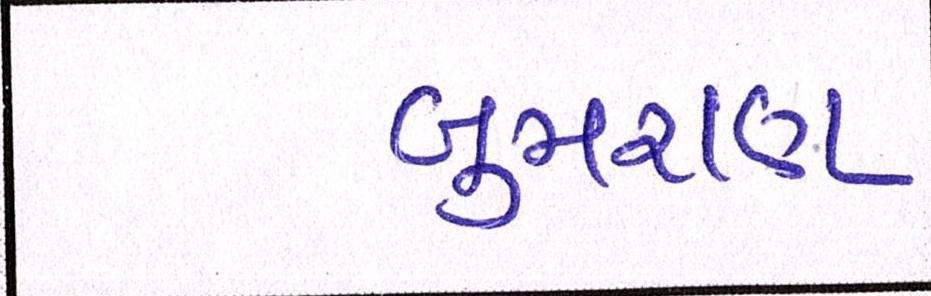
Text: બુમરાણ